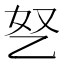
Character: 㐐